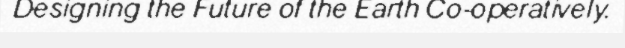
Designing the Future of the Earth Co-operatively.